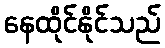
နေထိုင်နိုင်သည်